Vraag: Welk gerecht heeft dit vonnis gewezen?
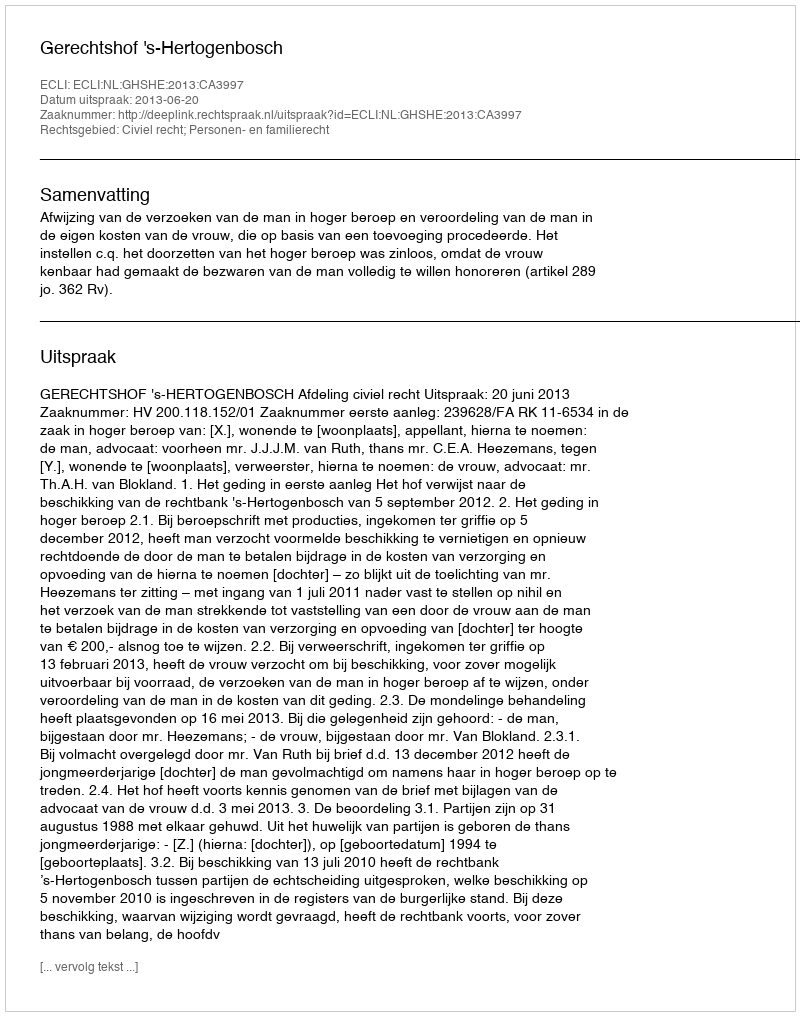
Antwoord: Gerechtshof 's-Hertogenbosch